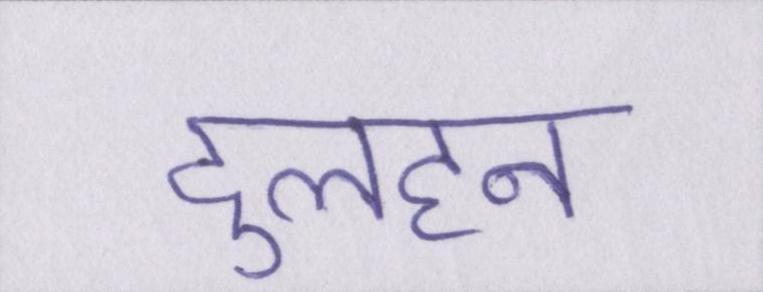
दुलहन